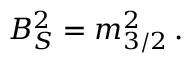
B _ { S } ^ { 2 } = m _ { 3 / 2 } ^ { 2 } \, .